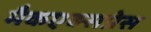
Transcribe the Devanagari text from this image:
मैकएक्सप्रेस